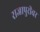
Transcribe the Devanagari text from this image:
राजापुरीवर